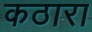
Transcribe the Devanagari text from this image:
कठारा